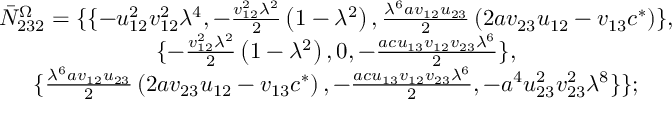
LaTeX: \begin{array} { c } { { \bar { N } _ { 2 3 2 } ^ { \Omega } = \{ \{ - u _ { 1 2 } ^ { 2 } v _ { 1 2 } ^ { 2 } \lambda ^ { 4 } , - \frac { v _ { 1 2 } ^ { 2 } \lambda ^ { 2 } } 2 \left( 1 - \lambda ^ { 2 } \right) , \frac { \lambda ^ { 6 } a v _ { 1 2 } u _ { 2 3 } } 2 \left( 2 a v _ { 2 3 } u _ { 1 2 } - v _ { 1 3 } c ^ { * } \right) \} , } } \\ { { \{ - \frac { v _ { 1 2 } ^ { 2 } \lambda ^ { 2 } } 2 \left( 1 - \lambda ^ { 2 } \right) , 0 , - \frac { a c u _ { 1 3 } v _ { 1 2 } v _ { 2 3 } \lambda ^ { 6 } } 2 \} , } } \\ { { \{ \frac { \lambda ^ { 6 } a v _ { 1 2 } u _ { 2 3 } } 2 \left( 2 a v _ { 2 3 } u _ { 1 2 } - v _ { 1 3 } c ^ { * } \right) , - \frac { a c u _ { 1 3 } v _ { 1 2 } v _ { 2 3 } \lambda ^ { 6 } } 2 , - a ^ { 4 } u _ { 2 3 } ^ { 2 } v _ { 2 3 } ^ { 2 } \lambda ^ { 8 } \} \} ; } } \end{array}